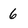
Character: 6